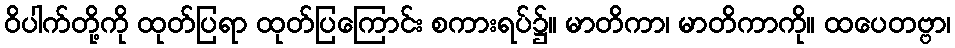
ဝိပါက်တို့ကို ထုတ်ပြရာ ထုတ်ပြကြောင်း စကားရပ်၌။ မာတိကာ၊ မာတိကာကို။ ထပေတဗ္ဗာ၊